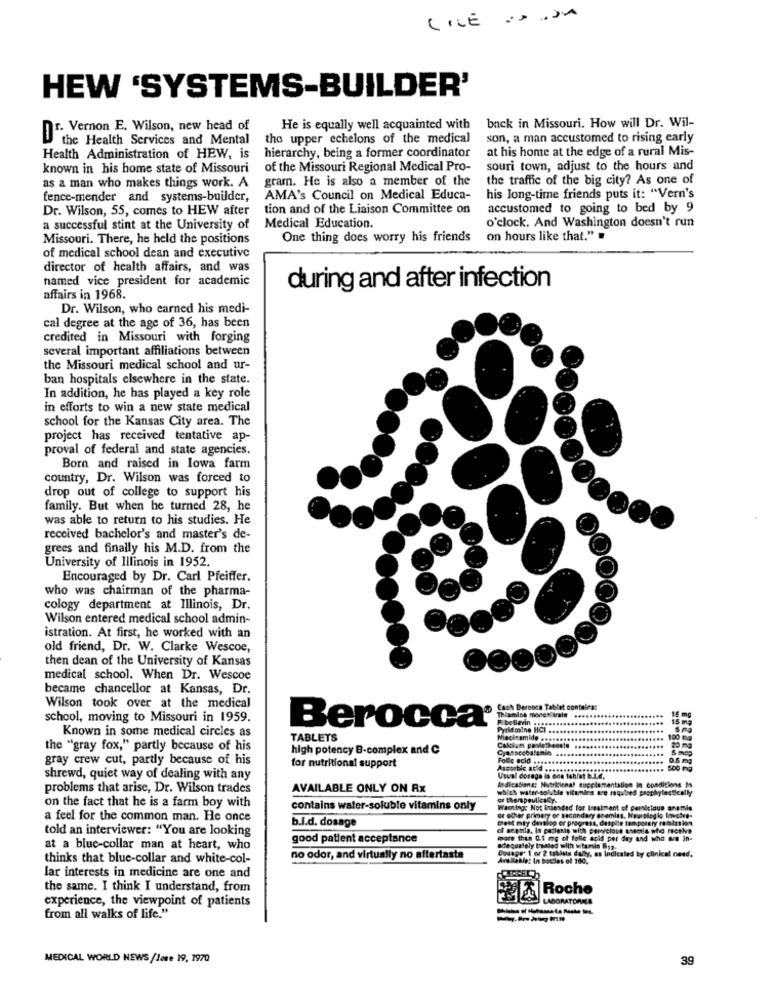
HEW 'SYSTEMS-BUILDER'
Dr. Vernon E. Wilson, new head of
He is equally well acquainted with
back in Missouri. How will Dr. Wil-
the Health Services and Mental
the upper echelons of the medical
son, a man accustomed to rising early
at his home at the edge of a rural Mis-
Health Administration of HEW, is
hierarchy, being a former coordinator
known in his home state of Missouri
of the Missouri Regional Medical Pro-
souri town, adjust to the hours and
gram. He is also a member of the
the traffic of the big city? As one of
as a man who makes things work. A
fence-mender and systems-builder,
AMA's Council on Medical Educa-
his long-time friends puts it: "Vern's
Dr. Wilson, 55, comes to HEW after
tion and of the Liaison Committee on
accustomed to going to bed by 9
o'clock. And Washington doesn't run
a successful stint at the University of
Medical Education.
Missouri. There, he held the positions
One thing does worry his friends
on hours like that."
of medical school dean and executive
director of health affairs, and was
named vice president for academic
during and after infection
affairs in 1968.
Dr. Wilson, who earned his medi-
cal degree at the age of 36, has been
credited in Missouri with forging
several important affiliations between
the Missouri medical school and ur-
ban hospitals elsewhere in the state.
In addition, he has played a key role
in efforts to win a new state medical
school for the Kansas City area. The
project has received tentative ap-
proval of federal and state agencies.
Born and raised in lowa farm
country, Dr. Wilson was forced to
drop out of college to support his
family. But when he turned 28, he
was able to return to his studies. He
received bachelor's and master's de-
grees and finally his M.D. from the
University of Illinois in 1952.
Encouraged by Dr. Carl Pfeiffer.
who was chairman of the pharma-
cology department at Illinois, Dr.
Wilson entered medical school admin-
istration. At first, he worked with an
old friend, Dr. W. Clarke Wescoe,
then dean of the University of Kansas
medical school. When Dr. Wescoe
became chancellor at Kansas, Dr.
Wilson took over at the medical
Thiamine mone* krale ...
Tablet contales:
15 mg
school, moving to Missouri in 1959.
F bollerin ...
.......
15 mg
Berocca®
Pyridsalno HCI
Known in some medical circles as
TABLETS
Macieamide
100 mg
the "gray fox," partly because of his
high potency B-complex and C
Cyasseobalanin
20 mg
gray crew cut, partly because of his
Folic acid ......
0.5 mg
for nutritional support
shrewd, quiet way of dealing with any
Unsal dosage is one tablet b.L.e.
Medications: Nutricional supplementation in conditions M
problems that arise, Dr. Wilson trades
AVAILABLE ONLY ON Ax
which water-soluble vitamins are required prophylactlemily
or thempeutkaly.
on the fact that he is a farm boy with
contains water-soluble vitamins only
Wanting: Not intended for Inealment of pernicious anemie
a feel for the common man. He once
b.i.d. dosage
of @cher primary of secondary anemias, Neurologio Innychve-
Get mty derslop or progress, despite temporary remission
told an interviewer: "You are looking
good patient acceptance
more than 0.1 mg of folic acid per day and who are in-
at a blue-collar man at heart, who
adequately trusted with vitunin biz-
Dosage' 1 or 2 tablets dally, as indicated by clinical need.
thinks that blue-collar and white-col-
no odor, and virtually no aftertaste
Are dable: In bocles of 200.
lar interests in medicine are one and
the same. I think I understand, from
experience, the viewpoint of patients
LA Roche
LABORATORNA
-------
from all walks of life."
MEDICAL WORLD NEWS /Jone 19, 1970
39